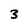
Character: 3